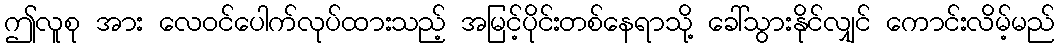
ဤလူစု အား လေဝင်ပေါက်လုပ်ထားသည့် အမြင့်ပိုင်းတစ်နေရာသို့ ခေါ်သွားနိုင်လျှင် ကောင်းလိမ့်မည်